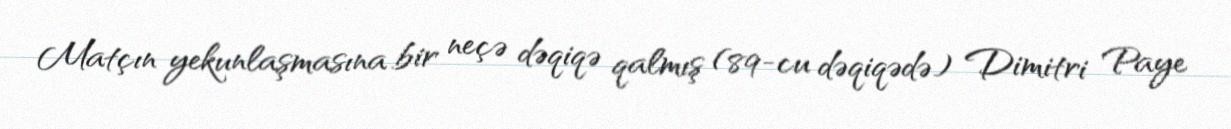
Matçın yekunlaşmasına bir neçə dəqiqə qalmış (89-cu dəqiqədə) Dimitri Paye